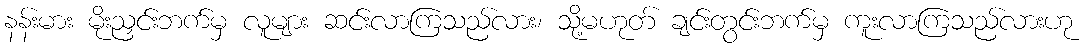
နန်းမား မိုးညှင်းဘက်မှ လူများ ဆင်းလာကြသည်လား၊ သို့မဟုတ် ချင်းတွင်းဘက်မှ ကူးလာကြသည်လားဟု